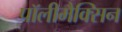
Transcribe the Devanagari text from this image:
पॉलीमैक्सिन